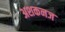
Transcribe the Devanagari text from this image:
अशकनज